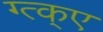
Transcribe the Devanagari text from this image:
ग्त्क्ए